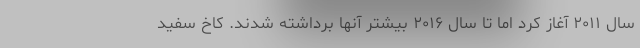
سال ۲۰۱۱ آغاز کرد اما تا سال ۲۰۱۶ بیشتر آنها برداشته شدند. کاخ سفید